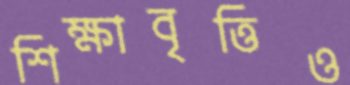
শিক্ষাবৃত্তিও